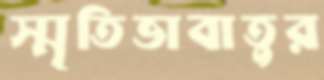
স্মৃতিভাবাতুর